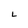
Character: L